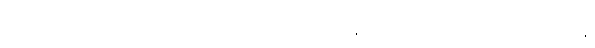
တရားဥပဒေ စိုးမိုးရေး ပိုအားကောင်းဖို့ လုပ်ရမယ်၊ ဖန်လုံအိမ် ဓာတ်ငွေ့ထုတ်လွှတ်မှုတွေနဲ့